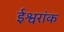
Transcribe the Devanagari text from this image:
ईश्वरांक